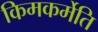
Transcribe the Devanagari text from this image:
किमकर्मेति